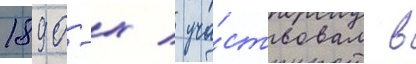
1890-х / уча́ствовал в